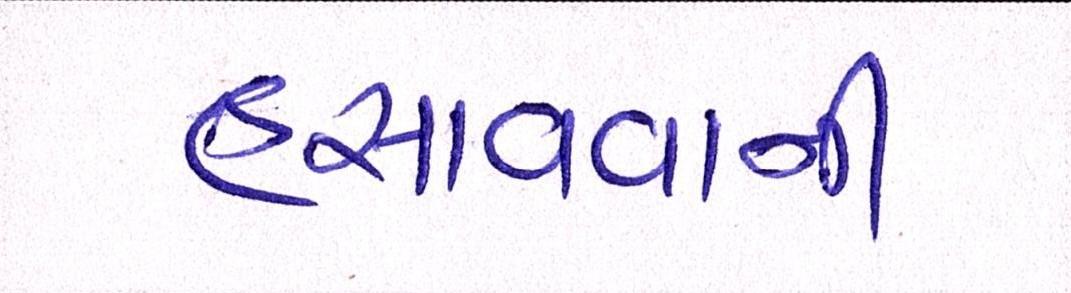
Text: હસાવવાની